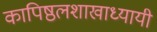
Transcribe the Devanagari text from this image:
कापिष्ठलशाखाध्यायी